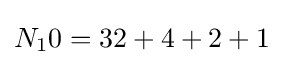
N_{1}0=32+4+2+1